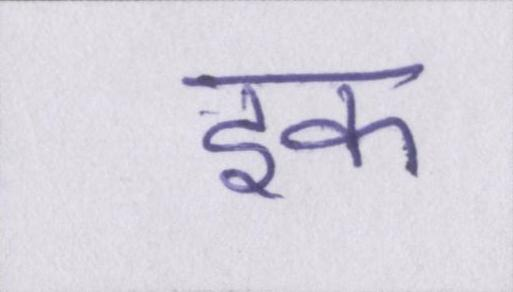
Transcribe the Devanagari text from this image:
इक